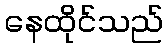
နေထိုင်သည်